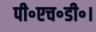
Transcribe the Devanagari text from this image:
पी॰एच॰डी॰।